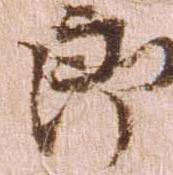
郎